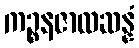
ကဉ္စနဇာလဆန္နံ